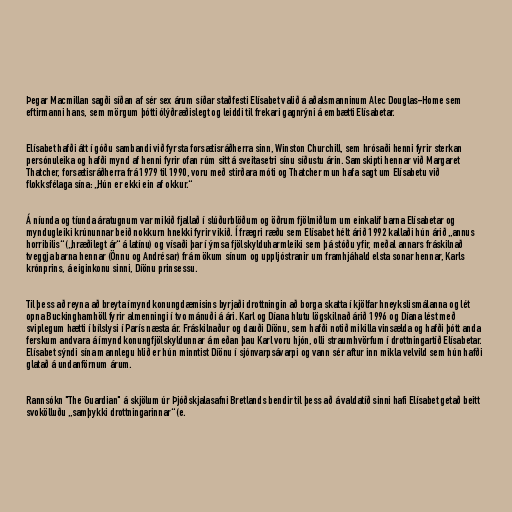
Þegar Macmillan sagði síðan af sér sex árum síðar staðfesti Elísabet valið á aðalsmanninum Alec Douglas-Home sem
eftirmanni hans, sem mörgum þótti ólýðræðislegt og leiddi til frekari gagnrýni á embætti Elísabetar.

Elísabet hafði átt í góðu sambandi við fyrsta forsætisráðherra sinn, Winston Churchill, sem hrósaði henni fyrir sterkan
persónuleika og hafði mynd af henni fyrir ofan rúm sitt á sveitasetri sínu síðustu árin. Samskipti hennar við Margaret
Thatcher, forsætisráðherra frá 1979 til 1990, voru með stirðara móti og Thatcher mun hafa sagt um Elísabetu við
flokksfélaga sína: „Hún er ekki ein af okkur.“

Á níunda og tíunda áratugnum var mikið fjallað í slúðurblöðum og öðrum fjölmiðlum um einkalíf barna Elísabetar og
myndugleiki krúnunnar beið nokkurn hnekki fyrir vikið. Í frægri ræðu sem Elísabet hélt árið 1992 kallaði hún árið „annus
horribilis“ („hræðilegt ár“ á latínu) og vísaði þar í ýmsa fjölskylduharmleiki sem þá stóðu yfir, meðal annars fráskilnað
tveggja barna hennar (Önnu og Andrésar) frá mökum sínum og uppljóstranir um framhjáhald elsta sonar hennar, Karls
krónprins, á eiginkonu sinni, Díönu prinsessu.

Til þess að reyna að breyta ímynd konungdæmisins byrjaði drottningin að borga skatta í kjölfar hneykslismálanna og lét
opna Buckinghamhöll fyrir almenningi í tvo mánuði á ári. Karl og Díana hlutu lögskilnað árið 1996 og Díana lést með
sviplegum hætti í bílslysi í París næsta ár. Fráskilnaður og dauði Díönu, sem hafði notið mikilla vinsælda og hafði þótt anda
ferskum andvara á ímynd konungfjölskyldunnar á meðan þau Karl voru hjón, olli straumhvörfum í drottningartíð Elísabetar.
Elísabet sýndi sína mannlegu hlið er hún minntist Díönu í sjónvarpsávarpi og vann sér aftur inn mikla velvild sem hún hafði
glatað á undanförnum árum.

Rannsókn "The Guardian" á skjölum úr Þjóðskjalasafni Bretlands bendir til þess að á valdatíð sinni hafi Elísabet getað beitt
svokölluðu „samþykki drottningarinnar“ (e.